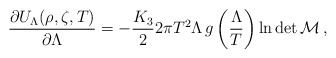
\begin{align*}\frac{\partial U_{\Lambda}(\rho,\zeta,T)}{\partial\Lambda} =-\frac{K_{3}}{2}2\pi T^{2}\Lambda\,g\left(\frac{\Lambda}{T}\right)\ln\det\cal{M}\, , \end{align*}